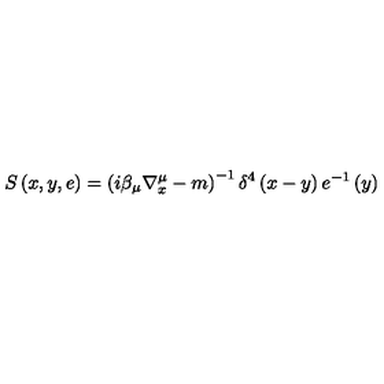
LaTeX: S \left( x , y , e \right) = \left( i \beta _ { \mu } \nabla _ { x } ^ { \mu } - m \right) ^ { - 1 } \delta ^ { 4 } \left( x - y \right) e ^ { - 1 } \left( y \right)